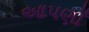
આપણાઁ